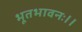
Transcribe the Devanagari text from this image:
भूतभावनः।।